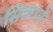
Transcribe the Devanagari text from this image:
सिकाने